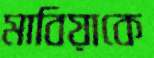
মাবিয়াকে